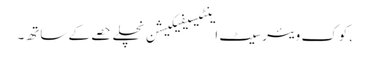
,کوک ویئر سیٹ اینٹیسیفیکیشن نچلے حصے کے ساتھ۔